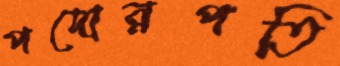
পদোন্নপতি